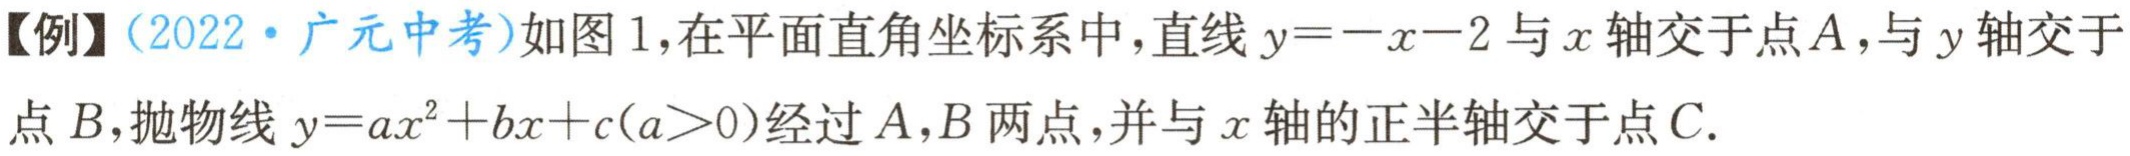
【例】(2022·广元中考)如图1,在平面直角坐标系中,直线\(y = -x - 2\)与\(x\)轴交于点\(A\),与\(y\)轴交于点\(B\),抛物线\(y = ax^{2}+bx + c(a>0)\)经过\(A,B\)两点,并与\(x\)轴的正半轴交于点\(C\).